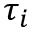
\tau _ { i }